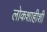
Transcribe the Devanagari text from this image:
लोकशाहीशी